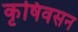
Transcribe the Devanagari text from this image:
कृषिवसन